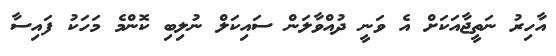
އާހިރު ނަތީޖާއަކަށް އެ ވަނީ ދުއްވާލަން ސައިކަލް ނުލިބި ކޮންމެ މަހަކު ފައިސާ